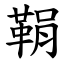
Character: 鞙